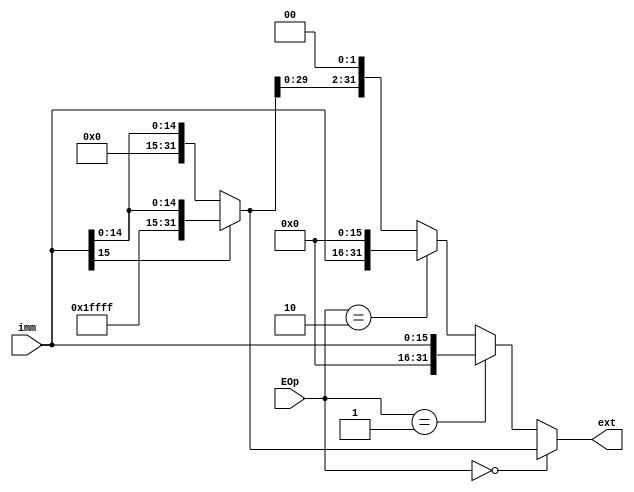
`timescale 1ns / 1ps
//////////////////////////////////////////////////////////////////////////////////
// Company: 
// Engineer: 
// 
// Design Name: 
// Module Name:    ext 
// Project Name: 
// Target Devices: 
// Tool versions: 
// Description: 
//
// Dependencies: 
//
// Revision: 
// Revision 0.01 - File Created
// Additional Comments: 
//
//////////////////////////////////////////////////////////////////////////////////
module ext(
	input [15:0]imm,
	input [1:0]EOp,
	output [31:0]ext
    );
	 assign ext = (EOp == 2'b00)? ((imm[15] == 0)? {16'h0, imm} : {16'hffff, imm}):
					  (EOp == 2'b01)? ({16'h0, imm}):
					  (EOp == 2'b10)? ({16'h0, imm} << 16):
					  (((imm[15] == 0)? {16'h0, imm} : {16'hffff, imm}) << 2);


endmodule